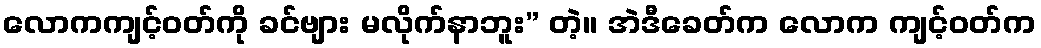
လောကကျင့်ဝတ်ကို ခင်ဗျား မလိုက်နာဘူး” တဲ့။ အဲဒီခေတ်က လောက ကျင့်ဝတ်က